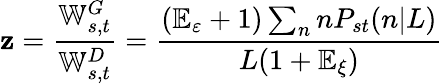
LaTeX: \mathbf{z}=\frac{{\mathbb{{W}}_{s,t}^{G}}}{{\mathbb{{W}}_{s,t}^{D}}}=\frac{{(\mathbb{{E}}_{\varepsilon}+1)\sum_{n}nP_{st}(n|L)}}{{L(1+\mathbb{{E}}_{\xi})}}